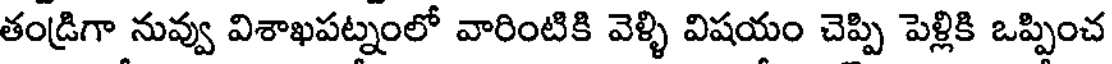
తండ్రిగా నువ్వు విశాఖపట్నంలో వారింటికి వెళ్ళి విషయం చెప్పి పెళ్లికి ఒప్పించ